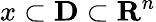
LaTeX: x\subset{\mathbf{D}}\subset{\mathbf{R}}^{n}